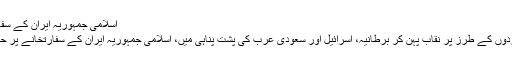
اسلامی جمہوریہ ایران کے سفارتخانے پر حملے کی کمان یاسر الحبیب کے ہاتھ میں تھی
حال ہی شیرازی فرقے کے کچھ افراد نے داعشی دہشت گردوں کے طرز پر نقاب پہن کر برطانیہ، اسرائیل اور سعودی عرب کی پشت پناہی میں، اسلامی جمہوریہ ایران کے سفارتخانے پر حملہ کیا؛ اور حملے کی کمان یاسرالحبیب کے ہاتھ میں تھی۔